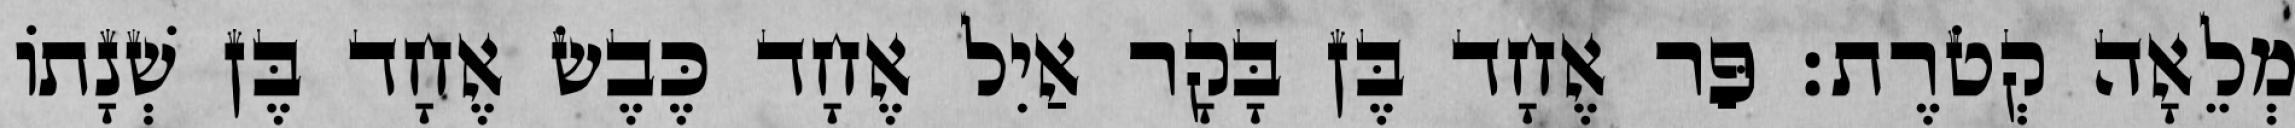
מְלֵאָה קְטֹרֶת׃ פַּר אֶחָד בֶּן בָּקָר אַיִל אֶחָד כֶּבֶשׂ אֶחָד בֶּן שְׁנָתוֹ